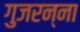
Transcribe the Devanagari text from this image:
गुजरन्ना